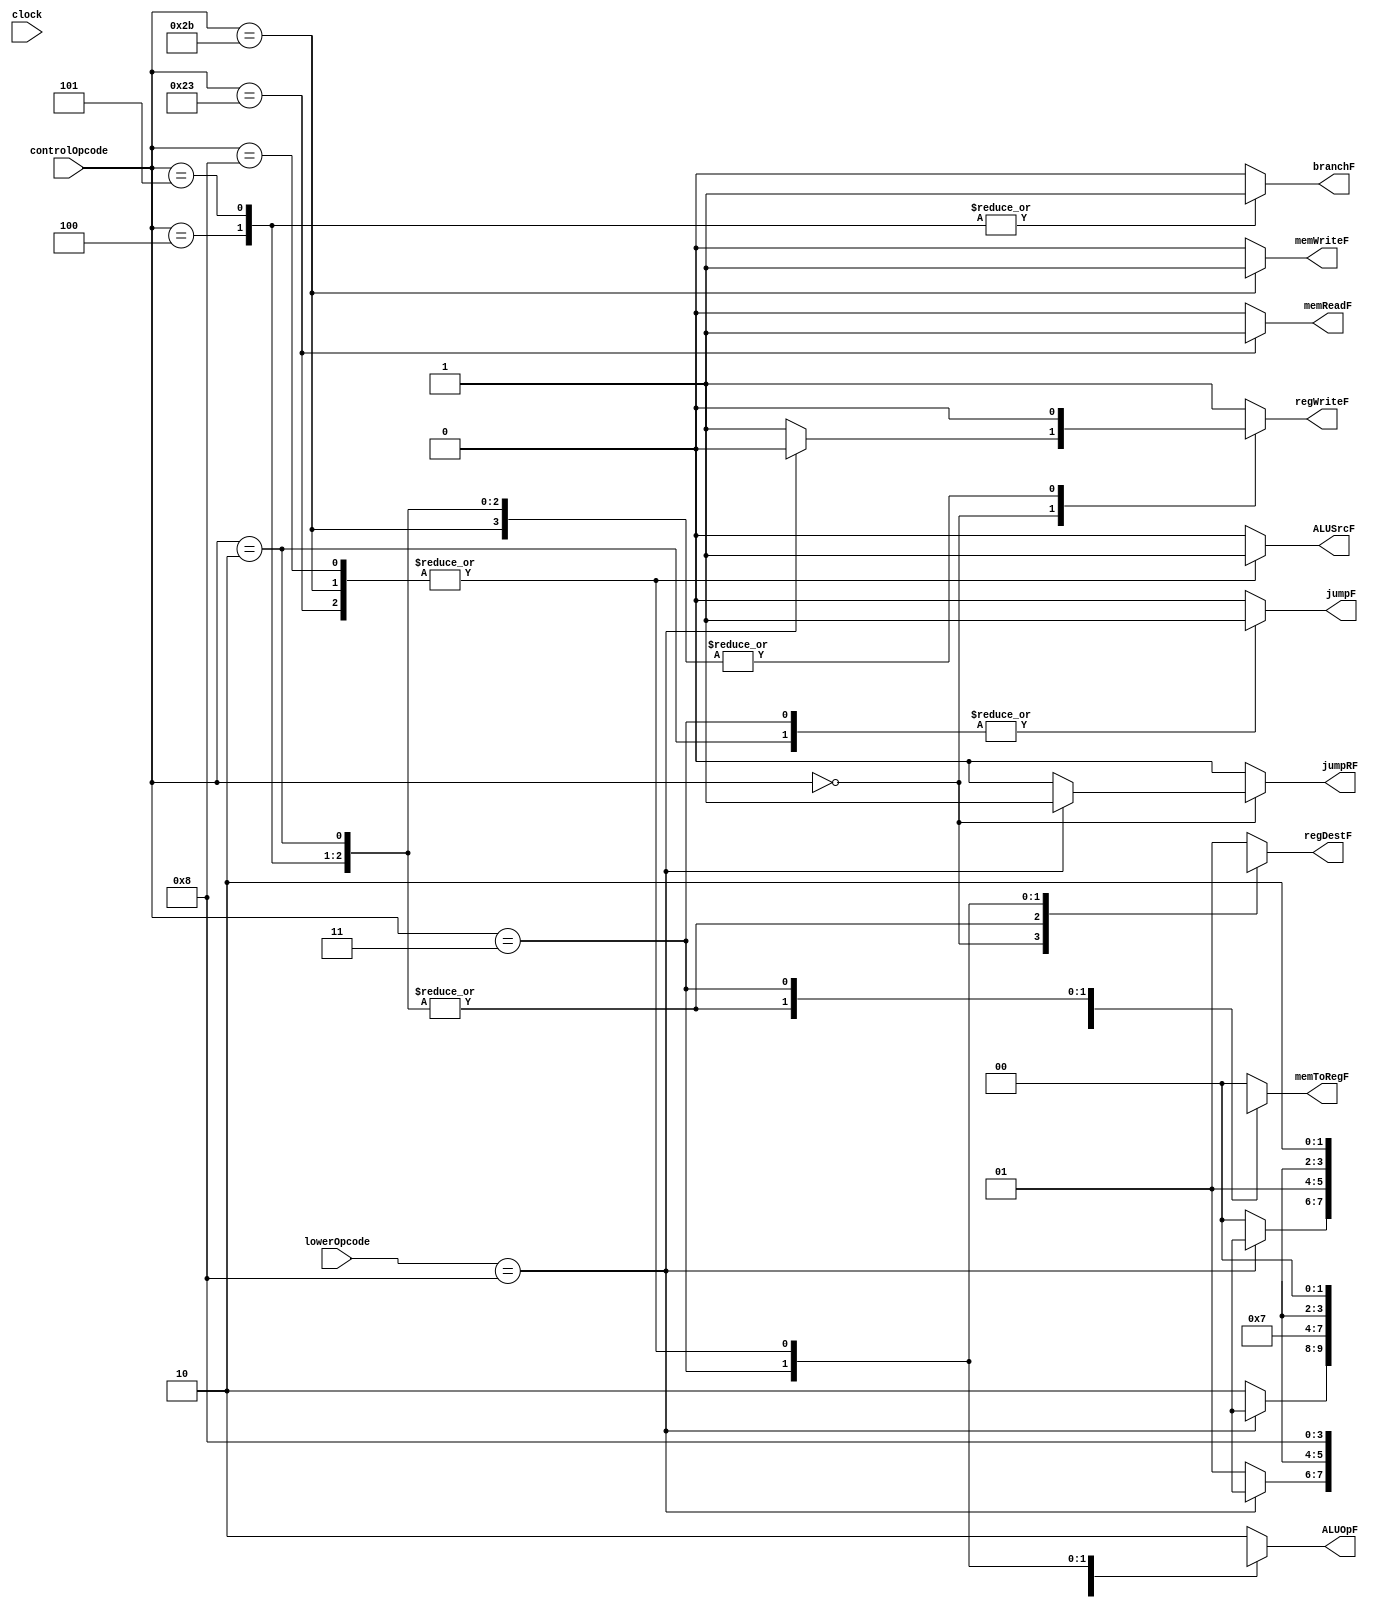
/*------------------------------------------------------------------ 
-- Haley Whitman & Andrew Hill
-- May 2016
-- CAES: Computer Architecture and Embedded Systems Laboratory
-- University of Oregon
-- Eugene, OR
-- 
--  
-- Filename: Main_Control_Unit.v
--
-----------------------------------------------------------------*/


module Main_Control_Unit(
	input[5:0] controlOpcode,
	input[5:0] lowerOpcode,
	input clock,
	output reg[1:0] regDestF,
	output reg jumpF,
	output reg jumpRF,
	output reg branchF,
	output reg memReadF,
	output reg[1:0] memToRegF,
	output reg memWriteF,
	output reg regWriteF,
	output reg ALUSrcF,
	output reg[1:0] ALUOpF
	);


parameter[5:0] 		RFORMAT = 6'b00_00_00,
					LW      = 6'b10_00_11,
					SW      = 6'b10_10_11,
					BEQ     = 6'b00_01_00,
					BNE     = 6'b00_01_01,
					JUMP    = 6'b00_00_10,
					JAL		= 6'b00_00_11,
					JR		= 6'b00_10_00,
					ADDI    = 6'b00_10_00;

always@(*)begin
	
	case(controlOpcode)
		RFORMAT: begin 
			if(lowerOpcode == JR) begin
				 regDestF  <= 2'bxx;
				 ALUSrcF   <= 0;
				 memToRegF <= 2'bxx;
				 regWriteF <= 0;
				 memReadF  <= 0;
				 memWriteF <= 0;
				 branchF   <= 0;
				 jumpF 	   <= 0;
				 jumpRF	   <= 1;
				 ALUOpF    <= 2'bxx;
				 end
			else begin
				 regDestF  <= 2'b01;
				 ALUSrcF   <= 0;
				 memToRegF <= 2'b00;
				 regWriteF <= 1;
				 memReadF  <= 0;
				 memWriteF <= 0;
				 branchF   <= 0;
				 jumpF 	   <= 0;
				 jumpRF	   <= 0;
				 ALUOpF    <= 2'b10;
				 end
			end	
		LW: begin 
				 regDestF  <= 2'b00;
				 ALUSrcF   <= 1;
				 memToRegF <= 2'b01;
				 regWriteF <= 1;
				 memReadF  <= 1;
				 memWriteF <= 0;
				 branchF   <= 0;
				 jumpF 	   <= 0;
				 jumpRF	   <= 0;
				 ALUOpF    <= 2'b00;
				 end
		SW: begin 
				 regDestF  <= 2'b00;
				 ALUSrcF   <= 1;
				 memToRegF <= 2'b00; //changed from 01
				 regWriteF <= 0;
				 memReadF  <= 0;
				 memWriteF <= 1;
				 branchF   <= 0;
				 jumpF 	   <= 0;
				 jumpRF	   <= 0;
				 ALUOpF    <= 2'b00;
				 end
		BEQ: begin 
				 regDestF  <= 2'bxx;
				 ALUSrcF   <= 0;
				 memToRegF <= 2'bxx;
				 regWriteF <= 0;
				 memReadF  <= 0;
				 memWriteF <= 0;
				 branchF   <= 1;
				 jumpF 	   <= 0;
				 jumpRF	   <= 0;
				 ALUOpF    <= 2'b01;
				 end
		BNE: begin 
				 regDestF  <= 2'bxx;
				 ALUSrcF   <= 0;
				 memToRegF <= 2'bxx;
				 regWriteF <= 0;
				 memReadF  <= 0;
				 memWriteF <= 0;
				 branchF   <= 1;
				 jumpF 	   <= 0;
				 jumpRF	   <= 0;
				 ALUOpF    <= 2'b11;
				 end
		JUMP: begin 
				 regDestF  <= 2'bxx;
				 ALUSrcF   <= 0;
				 memToRegF <= 2'bxx;
				 regWriteF <= 0;
				 memReadF  <= 0;
				 memWriteF <= 0;
				 branchF   <= 0;
				 ALUOpF    <= 2'b10;
				 jumpF 	   <= 1;
				 jumpRF	   <= 0;
				 end
		JAL: begin 
				 regDestF  <= 2'b10;
				 ALUSrcF   <= 0;
				 memToRegF <= 2'b10;
				 regWriteF <= 1;
				 memReadF  <= 0;
				 memWriteF <= 0;
				 branchF   <= 0;
				 ALUOpF    <= 2'bxx;
				 jumpF 	   <= 1;
				 jumpRF	   <= 0;
				 end
		ADDI: begin 
				 regDestF  <= 2'b00;
				 ALUSrcF   <= 1;
				 memToRegF <= 2'b00;
				 regWriteF <= 1;
				 memReadF  <= 0;
				 memWriteF <= 0;
				 branchF   <= 0;
				 ALUOpF    <= 2'b00;
				 jumpF 	   <= 0;
				 jumpRF	   <= 0;
				 end			
		default: begin 
				 regDestF  <= 2'b01;
				 ALUSrcF   <= 0;
				 memToRegF <= 2'b00;
				 regWriteF <= 1;
				 memReadF  <= 0;
				 memWriteF <= 0;
				 branchF   <= 0;
				 jumpF 	   <= 0;
				 jumpRF	   <= 0;
				 ALUOpF    <= 2'b10; //This should never hit, and will not exist in ALU
				 end

	endcase


end

endmodule